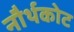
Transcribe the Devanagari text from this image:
नौर्थकोट